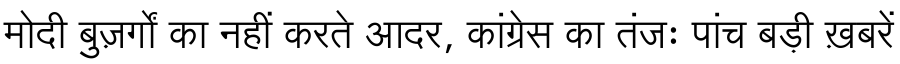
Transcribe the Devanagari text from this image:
मोदी बुज़र्गों का नहीं करते आदर, कांग्रेस का तंजः पांच बड़ी ख़बरें